Note on the mental hospitals in Burma - 1925-1940
Year: 1925
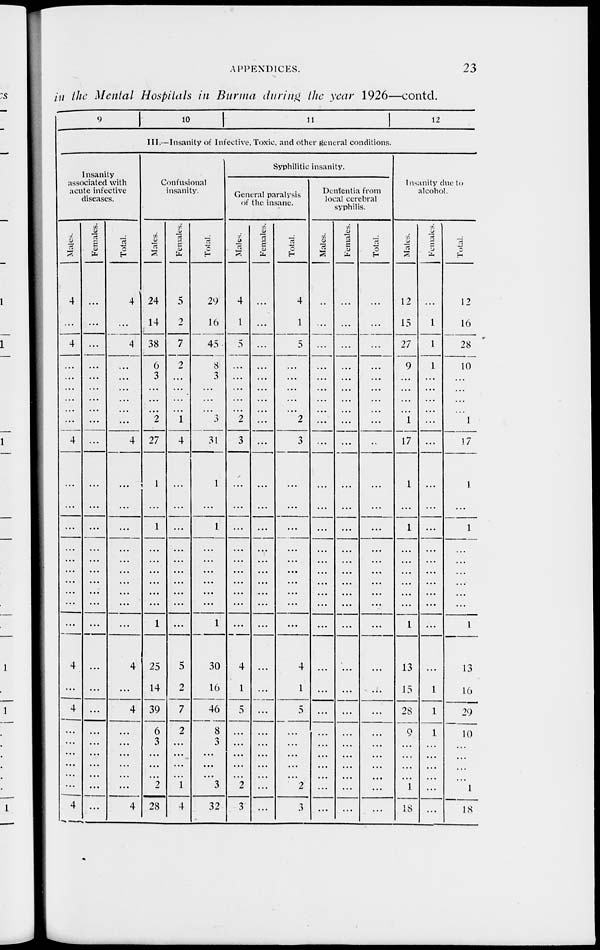
APPENDICES.
23
in the Mental Hospitals in Burma during the year 1926—contd.
9
10
11
12
III.—Insanity of Infective. Toxic, and other general conditions.
Insanity
associated with
acute infective
diseases.
Males.
4
...
4
...
...
...
...
...
...
4
...
...
...
...
...
...
...
...
...
...
4
...
4
...
...
...
...
...
...
4
Females.
...
...
...
...
...
...
...
...
...
...
...
...
...
...
...
...
...
...
...
...
...
...
...
...
...
...
...
...
...
...
Total.
4
...
4
...
...
...
...
...
...
4
...
...
...
...
...
...
...
...
...
...
4
...
4
...
...
...
...
...
...
4
Confusional
insanity.
Males.
24
14
38
6
3
...
...
...
2
27
1
...
1
...
...
...
...
...
...
1
25
14
39
6
3
...
...
...
2
28
Females.
5
2
7
2
...
...
...
...
1
4
...
...
...
...
...
...
...
...
...
...
5
2
7
2
...
...
...
...
1
4
Total.
29
16
45
8
3
...
...
...
3
31
1
...
1
...
...
...
...
...
...
1
30
16
46
8
3
...
...
...
3
32
Syphilitic insanity.
General paralysis
of the insane.
Males.
4
1
5
...
...
...
...
...
2
3
...
...
...
...
...
...
...
...
...
...
4
1
5
...
...
...
...
...
2
3
Females.
...
...
...
...
...
...
...
...
...
...
...
...
...
...
...
...
...
...
...
...
...
...
...
...
...
...
...
...
...
...
Total.
4
1
5
...
...
...
...
...
2
3
...
...
...
...
...
...
...
...
...
...
4
1
5
...
...
...
...
...
2
3
Dementia from
local cerebral
syphilis.
Males.
...
...
...
...
...
...
...
...
...
...
...
...
...
...
...
...
...
...
...
...
...
...
...
...
...
...
...
...
...
...
Females.
...
...
...
...
...
...
...
...
...
...
...
...
...
...
...
...
...
...
...
...
...
...
...
...
...
...
...
...
...
...
Total.
...
...
...
...
...
...
...
...
...
...
...
...
...
...
...
...
...
...
...
...
...
...
...
...
...
...
...
...
...
...
Insanity due to
alcohol.
Males.
12
15
27
9
...
...
...
...
1
17
1
...
1
...
...
...
...
...
...
1
13
15
28
9
...
...
...
...
1
18
Females.
...
1
1
1
...
...
...
...
...
...
...
...
...
...
...
...
...
...
...
...
...
1
1
1
...
...
...
...
...
...
Total.
12
16
28
10
...
...
...
...
1
17
1
...
1
...
...
...
...
...
...
1
13
16
29
10
...
...
...
...
1
18